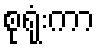
စုရုံးကာ